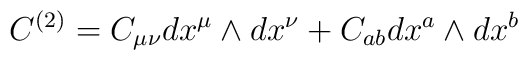
C^{(2)} = C_{\mu\nu} dx^\mu \wedge dx^\nu + C_{ab} dx^a\wedge  dx^b